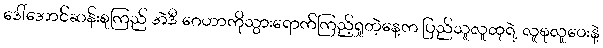
ဒေါ်အောင်ဆန်းစုကြည် အဲဒီ ဂေဟာကိုသွားရောက်ကြည့်ရှုတဲ့နေ့က ပြည်သူလူထုရဲ့ လူစုလူဝေးနဲ့